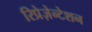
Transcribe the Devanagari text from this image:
रिप्रेज़ेन्टेशन